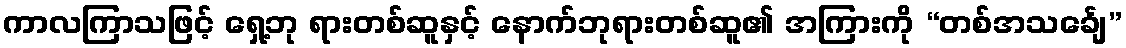
ကာလကြာသဖြင့် ရှေ့ဘု ရားတစ်ဆူနှင့် နောက်ဘုရားတစ်ဆူ၏ အကြားကို “တစ်အသင်္ချေ”